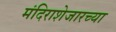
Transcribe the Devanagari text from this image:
मंदिराशेजारच्या